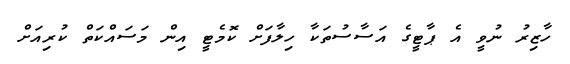
ހާޒިރު ނުވީ އެ ޕާޓީގެ އަސާސުތަކާ ހިލާފަށް ކޮމެޓީ އިން މަސައްކަތް ކުރިއަށް